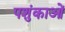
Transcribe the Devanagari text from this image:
पशुंकाओं